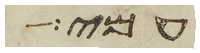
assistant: עמי